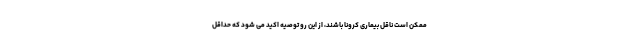
ممکن است ناقل بیماری کرونا باشند، از این رو توصیه اکید می شود که حداقل